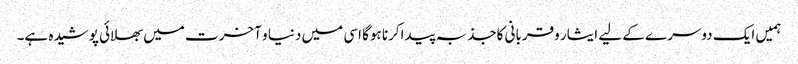
ہمیں ایک دوسرے کے لیے ایثار وقربانی کاجذبہ پیداکرنا ہوگا اسی میں دنیا و آخرت میں بھلائی پوشیدہ ہے۔